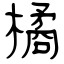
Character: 橘